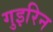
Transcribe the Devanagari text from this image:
गुइरिन